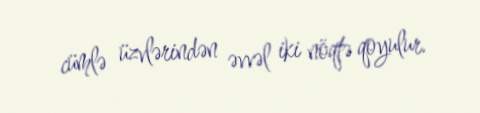
cümlə üzvlərindən əvvəl iki nöqtə qoyulur.